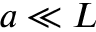
a \ll L